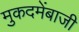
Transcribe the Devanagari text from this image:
मुकदमेंबाजी